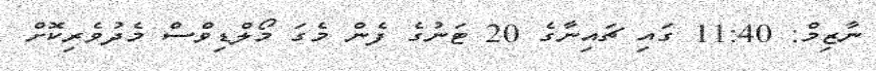
ނާޒިމް: 11:40 ގައި ޗައިނާގެ 20 ޓަނުގެ ފެން މެގަ މޯލްޑިވްސް މެދުވެރިކޮށް